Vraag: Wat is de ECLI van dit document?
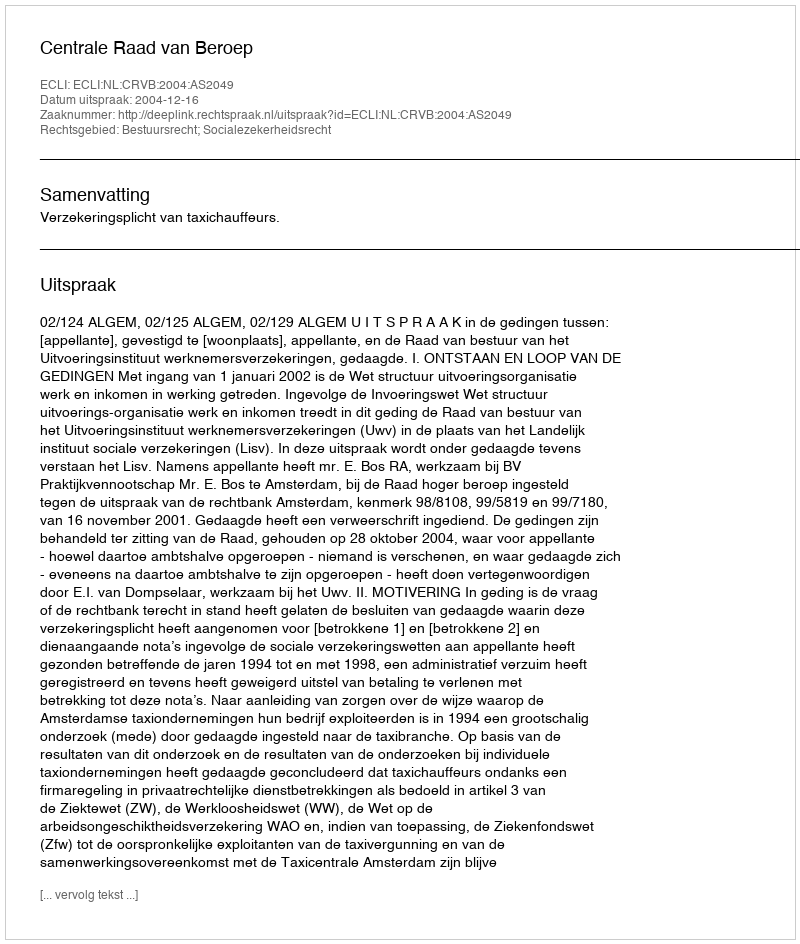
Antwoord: ECLI:NL:CRVB:2004:AS2049